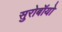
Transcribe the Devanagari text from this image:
सुरोबॉयो